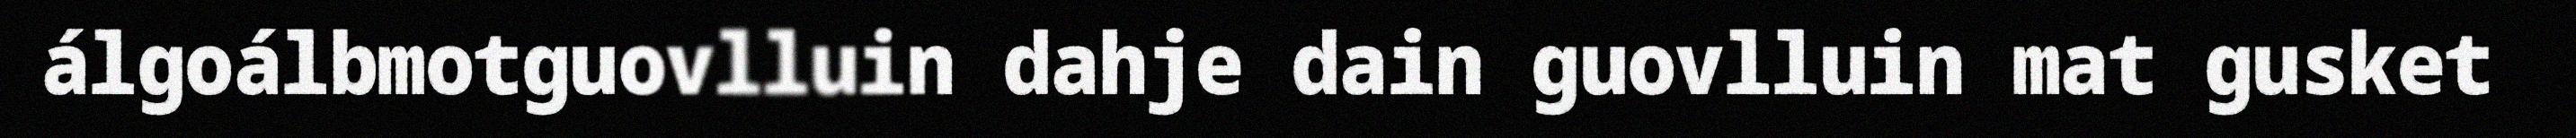
álgoálbmotguovlluin dahje dain guovlluin mat gusket